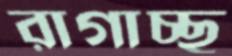
রাগাচ্ছ